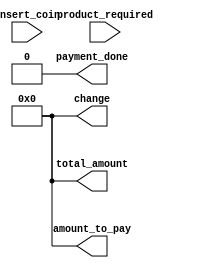
module assgn_2(payment_done,product_required,total_amount,amount_to_pay,change,insert_coin);
input [1:0]product_required;
input [4:0]insert_coin;
output reg [4:0] amount_to_pay=0,change=0,total_amount=0;
output reg payment_done=0;
reg process_completed=0;
parameter pr_A=2'b00,pr_B=2'b01,pr_C=2'b10,pr_D=2'b11;

always @(*)
begin
if(!payment_done)begin
process_completed <=0;
case(product_required)
pr_A:
     begin
     total_amount <= 5;
     amount_to_pay <= 5;
     end
pr_B:
    begin
    total_amount <= 10;
    amount_to_pay <= 10;
   end
pr_C:
    begin
    total_amount <= 15;
    amount_to_pay <=  15;
    end
pr_D:
     begin
    total_amount <= 20;
    amount_to_pay <= 20;
     end
default:
    begin
    total_amount <= 0;
    amount_to_pay <= 0;
    end
endcase
end
end

always @(*)
begin

if(total_amount==5)begin
if(insert_coin==5)begin
amount_to_pay <= 0;
payment_done <= 1;
process_completed <=1;
end
if(insert_coin==10)begin
payment_done <= 1;
change <= 5;
amount_to_pay <= 0;
process_completed <=1;
end
end

if(total_amount==10)begin
if(insert_coin==5)begin
amount_to_pay <= 5;
end
if(insert_coin==10)begin
payment_done <= 1;
process_completed <=1;
end
if(insert_coin==5 +5)begin
payment_done <= 1;
process_completed <=1;
end
end


if(total_amount==15)begin
if(insert_coin==5)begin
amount_to_pay <= 10;
end
if(insert_coin==10)begin
amount_to_pay <= 5;
end
if(insert_coin==5 +5)begin
amount_to_pay <= 5;
end
if(insert_coin==5 +5 +5 )begin
payment_done <= 1;
amount_to_pay <= 0;
process_completed <=1;
end
if(insert_coin== 10 +5)begin
payment_done <= 1;
amount_to_pay <= 0;
process_completed <=1;
end
end


if(total_amount==20)begin
if(insert_coin==5)begin
amount_to_pay <= 15;
end
if(insert_coin==10)begin
amount_to_pay <= 10;
end
if(insert_coin==5 +5)begin
amount_to_pay <= 10;
end
if(insert_coin==5 +5 +5 )begin
amount_to_pay <= 5;
end
if(insert_coin==10 +5)begin
amount_to_pay <= 5;
end
if(insert_coin==5 +5 +5 +5)begin
payment_done <= 1;
amount_to_pay <= 0;
process_completed <=1;
end
if(insert_coin==10 +5+5)begin
payment_done <= 1;
amount_to_pay <= 0;
process_completed <=1;
end
if(insert_coin==10 +10)begin
payment_done <= 1;
amount_to_pay <= 0;
process_completed <=1;
end
end

end

always @(*)
begin
if(process_completed==1)begin
payment_done <= #2 0;
change <= #2 0;
total_amount <= #2 0;
end
end

endmodule